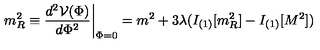
m _ { R } ^ { 2 } \equiv { \frac { d ^ { 2 } { \cal V } ( \Phi ) } { d \Phi ^ { 2 } } } \biggr | _ { \Phi = 0 } = m ^ { 2 } + 3 \lambda ( I _ { ( 1 ) } [ m _ { R } ^ { 2 } ] - I _ { ( 1 ) } [ M ^ { 2 } ] )